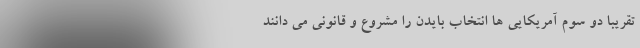
تقریبا دو سوم آمریکایی ها انتخاب بایدن را مشروع و قانونی می دانند